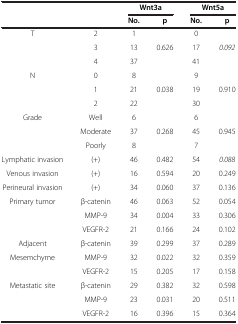
<table><thead><tr><td rowspan="2"><b> </b></td><td rowspan="2"><b> </b></td><td colspan="2"><b>Wnt3a</b></td><td colspan="2"><b>Wnt5a</b></td></tr><tr><td><b>No.</b></td><td><b>p</b></td><td><b>No.</b></td><td><b>p</b></td></tr></thead><tbody><tr><td>T</td><td>2</td><td>1</td><td> </td><td>0</td><td> </td></tr><tr><td> </td><td>3</td><td>13</td><td>0.626</td><td>17</td><td><i>0.092</i></td></tr><tr><td> </td><td>4</td><td>37</td><td> </td><td>41</td><td> </td></tr><tr><td>N</td><td>0</td><td>8</td><td> </td><td>9</td><td> </td></tr><tr><td> </td><td>1</td><td>21</td><td>0.038</td><td>19</td><td>0.910</td></tr><tr><td> </td><td>2</td><td>22</td><td> </td><td>30</td><td> </td></tr><tr><td>Grade</td><td>Well</td><td>6</td><td> </td><td>6</td><td> </td></tr><tr><td> </td><td>Moderate</td><td>37</td><td>0.268</td><td>45</td><td>0.945</td></tr><tr><td> </td><td>Poorly</td><td>8</td><td> </td><td>7</td><td> </td></tr><tr><td>Lymphatic invasion</td><td>(+)</td><td>46</td><td>0.482</td><td>54</td><td><i>0.088</i></td></tr><tr><td>Venous invasion</td><td>(+)</td><td>16</td><td>0.594</td><td>20</td><td>0.249</td></tr><tr><td>Perineural invasion</td><td>(+)</td><td>34</td><td>0.060</td><td>37</td><td>0.136</td></tr><tr><td>Primary tumor</td><td>β-catenin</td><td>46</td><td>0.063</td><td>52</td><td>0.054</td></tr><tr><td> </td><td>MMP-9</td><td>34</td><td>0.004</td><td>33</td><td>0.306</td></tr><tr><td> </td><td>VEGFR-2</td><td>21</td><td>0.166</td><td>24</td><td>0.102</td></tr><tr><td>Adjacent</td><td>β-catenin</td><td>39</td><td>0.299</td><td>37</td><td>0.289</td></tr><tr><td>Mesemchyme</td><td>MMP-9</td><td>32</td><td>0.022</td><td>32</td><td>0.359</td></tr><tr><td> </td><td>VEGFR-2</td><td>15</td><td>0.205</td><td>17</td><td>0.158</td></tr><tr><td>Metastatic site</td><td>β-catenin</td><td>29</td><td>0.382</td><td>32</td><td>0.598</td></tr><tr><td> </td><td>MMP-9</td><td>23</td><td>0.031</td><td>20</td><td>0.511</td></tr><tr><td> </td><td>VEGFR-2</td><td>16</td><td>0.396</td><td>15</td><td>0.364</td></tr></tbody></table>